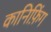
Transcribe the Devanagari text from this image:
कानिफ़िंग